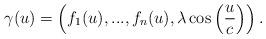
LaTeX: \begin{align*}\gamma (u)=\left( f_{1}(u),...,f_{n}(u),\lambda \cos \left( \frac{u}{c}\right) \right) . \end{align*}